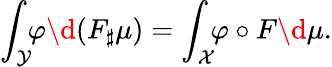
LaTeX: \int_{\mathcal Y}\! \! \varphi\d(F_{\sharp}\mu)=\int_{\mathcal X}\! \! \varphi\circ F\d\mu.